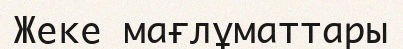
Жеке мағлұматтары